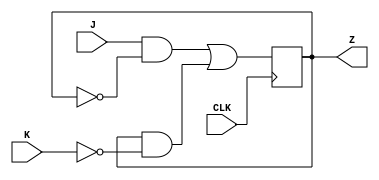
module J_K_FF (J,K,CLK,Z
);
input J,K,CLK;
output Z;
reg D=0;
assign Z=D;
always @(posedge CLK ) begin
    D=(J&&~D)||(D&&~K);
    
end
    
endmodule